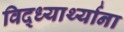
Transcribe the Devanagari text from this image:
विद्ध्यार्थ्याना